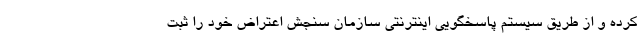
کرده و از طریق سیستم پاسخگویی اینترنتی سازمان سنجش اعتراض خود را ثبت